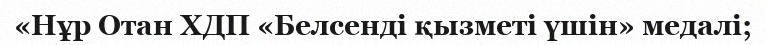
«Нұр Отан ХДП «Белсенді қызметі үшін» медалі;